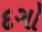
દગો